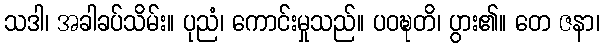
သဒါ၊ အခါခပ်သိမ်း။ ပုညံ၊ ကောင်းမှုသည်။ ပဝဍ္ဎတိ၊ ပွား၏။ တေ ဇနာ၊